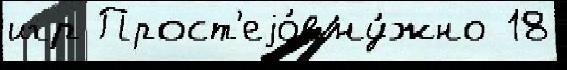
игр Прост'еjо́в ну́жно 18